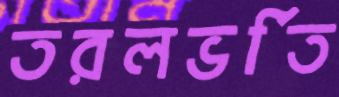
তরলভর্তি